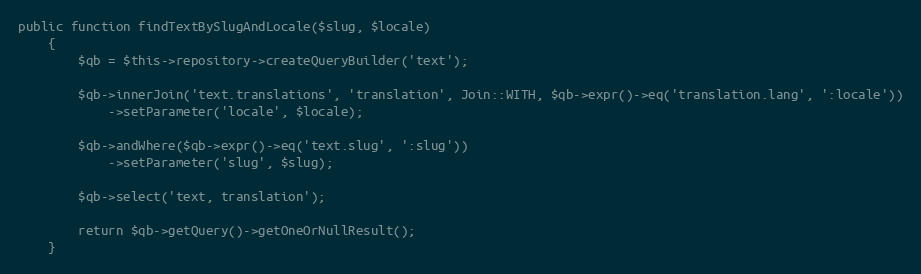
Language: PHP
public function findTextBySlugAndLocale($slug, $locale)
    {
        $qb = $this->repository->createQueryBuilder('text');

        $qb->innerJoin('text.translations', 'translation', Join::WITH, $qb->expr()->eq('translation.lang', ':locale'))
            ->setParameter('locale', $locale);

        $qb->andWhere($qb->expr()->eq('text.slug', ':slug'))
            ->setParameter('slug', $slug);

        $qb->select('text, translation');

        return $qb->getQuery()->getOneOrNullResult();
    }